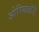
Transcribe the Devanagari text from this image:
ओरियाडोरी